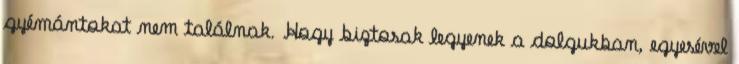
gyémántokat nem találnak. Hogy biztosak legyenek a dolgukban, egyesével